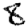
Digit: 8